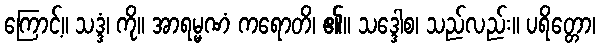
ကြောင့်။ သဒ္ဒံ၊ ကို။ အာရမ္မဏံ ကရောတိ၊ ၏။ သဒ္ဒေါစ၊ သည်လည်း။ ပရိတ္တော၊